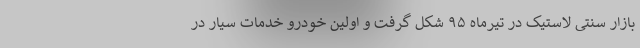
بازار سنتی لاستیک در تیرماه ۹۵ شکل گرفت و اولین خودرو خدمات سیار در